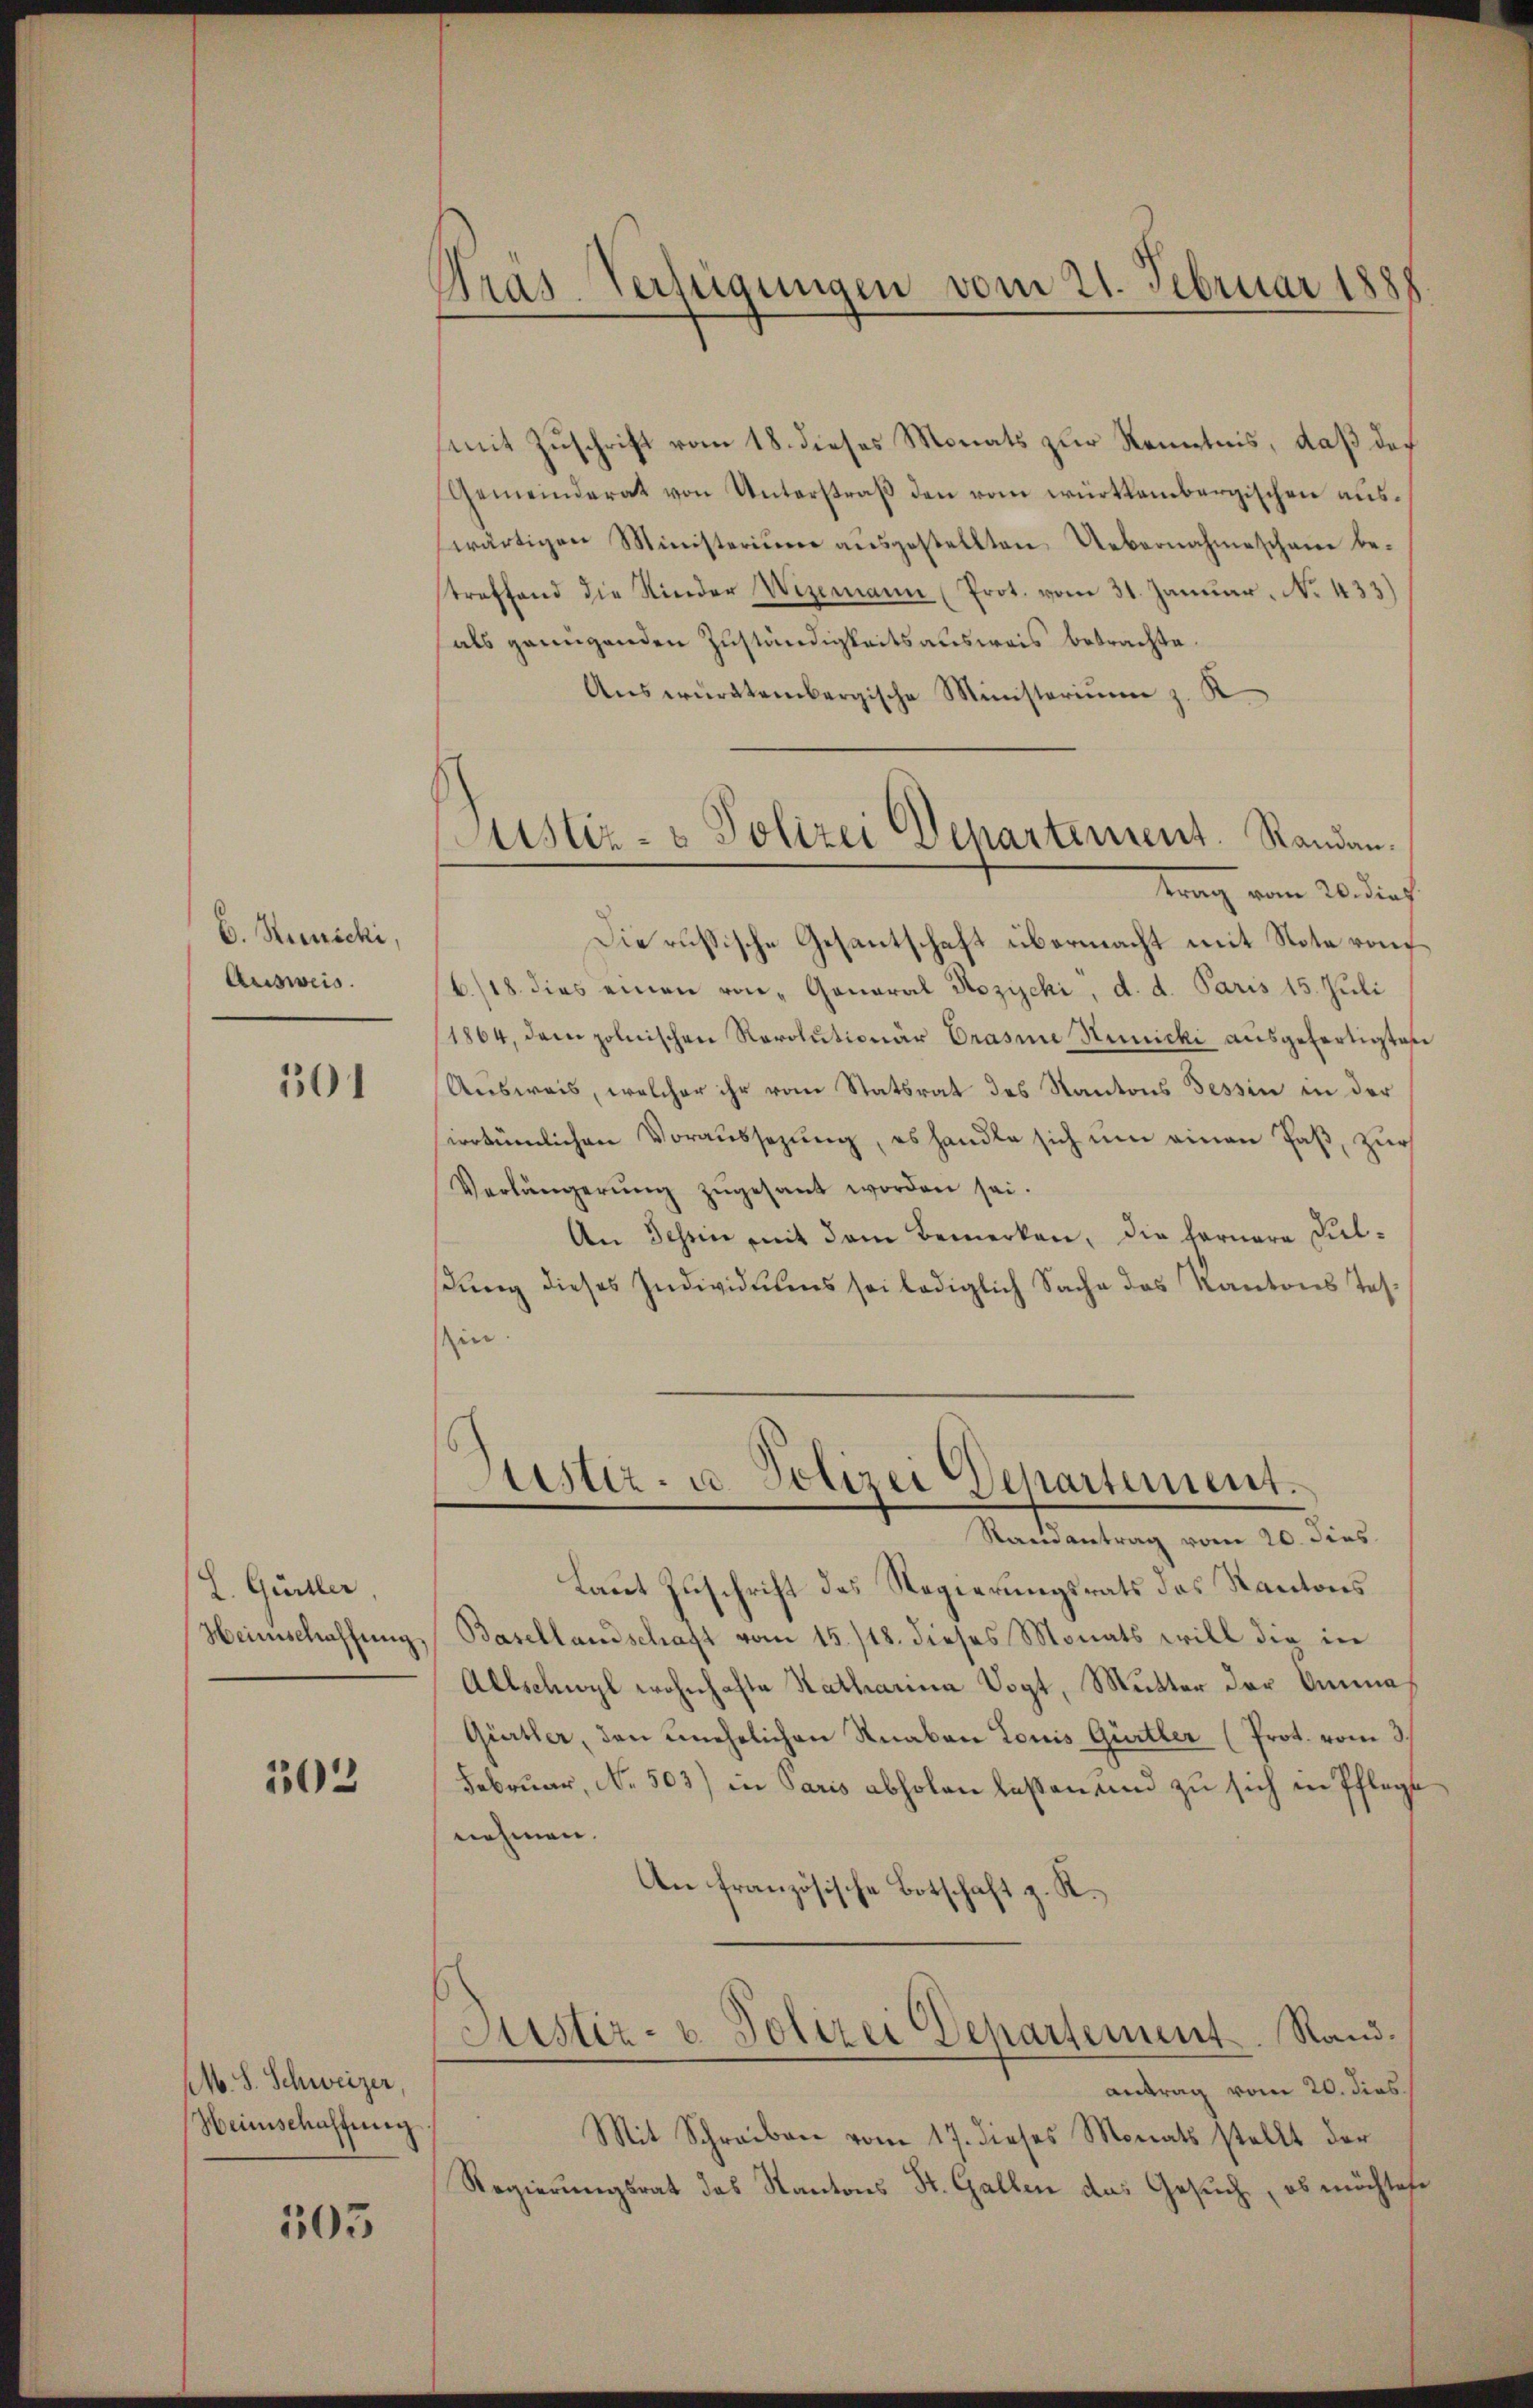
C. Reinicki,
Ausweis.

301

L. Guiller,
Heimschaffung,

503

M. S. Schweizer,
Heimschaffenen

503

Gras-Verfügungen vom 21. Februar 1888

Justiz- & Polizei Departement. Randantrag vom 26. das

(mit Zuschrift vom 18. dieses Monats zur Kenntnis, daß das
Gemeinderat von Unterstraß den vom württembergischen auswärtigen Ministerium ausgestellten Uebernahmeschaue bestraffend die Kinder Wizemann (Prot. vom 31. Januar. No. 433)
als genügenden Zuständigkeitsausweis betrachte
Answürttembergische Ministerium z. K.
Die russische Gesantschaft übermacht mit Note von
6./18. dies einen von „Ganaral Rozychi, d. d. Paris 15. Juli
1864, dem polnischen Revolutionär Drasine Hünicki ausgefertigtes
Ausweis, welcher ihr vom Statsrat des Kantons Tessin in der
sirrtümlichen Voraussezung, es handle sich um einen Paß, zur
Verlängerŭng zŭgesant worden sei.
An Schin mit dem Bemerken, die fernere Kuldŭng dieses Individuums sei lediglich Sache des Kantons Tes-
in

Justiz- u. Polizei Departement.
Randantrag vom 20. dies

Laut Zuschrift des Regierungsrats des Kantons
Basellandschaft vom 15./18. dieses Monats will die in
Allschwyl wohnhafte Katharina Vogt, Mutter der Amma
Gürtler, den unehelichen Knaben Louis Gürtler (Prot. vom 3.
Februar, No. 503) in Paris abholen laßen und zu sich in Pflegt
nehmen.
An französische Botschaft z. R.
Justiz- u. Polizei Departement. Rand.
antrag vom 20. dies
Mit Schreiben vom 17. dieses Monats stellt der
Regierungsrat das Kantons St. Gallen das Gesuch, ob möchtete